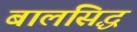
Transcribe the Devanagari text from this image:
बालसिद्ध